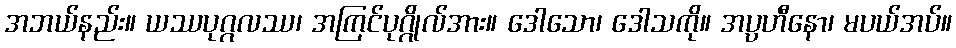
အဘယ်နည်း။ ယဿပုဂ္ဂလဿ၊ အကြင်ပုဂ္ဂိုလ်အား။ ဒေါသော၊ ဒေါသကို။ အပ္ပဟီနော၊ မပယ်အပ်။